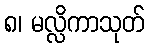
၈၊ မလ္လိကာသုတ်